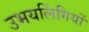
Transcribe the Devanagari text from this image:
उभयलिंगियों